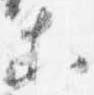
等